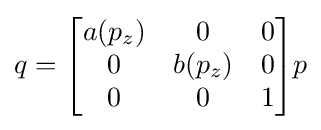
q={\begin{bmatrix}a(p_{z})&0&0\\0&b(p_{z})&0\\0&0&1\end{bmatrix}}p